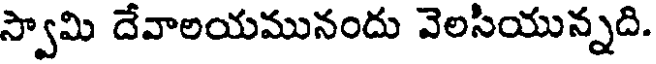
స్వామి దేవాలయమునందు వెలసియున్నది.